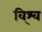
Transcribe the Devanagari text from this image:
वि्श्व